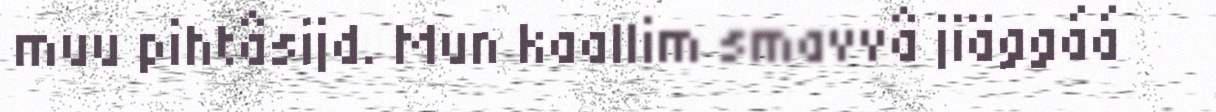
muu pihtâsijd. Mun kaallim smavvâ jiäggáá